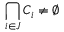
\bigcap _ { i \in J } C _ { i } \neq \emptyset